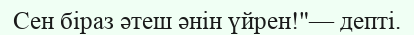
Сен біраз әтеш әнін үйрен!"— депті.